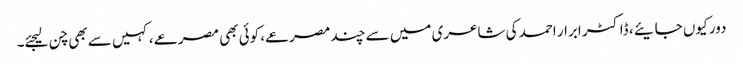
دور کیوں جایئے ، ڈاکٹر ابرار احمد کی شاعری میں سے چند مصرعے، کوئی بھی مصرعے ، کہیں سے بھی چن لیجئے۔